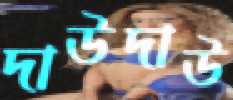
দাউদাউ